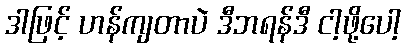
ဒါဖြင့် ဟန်ကျတာပဲ ဒီဘရန်ဒီ ငါ့ဖို့ပေါ့